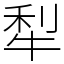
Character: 犁